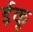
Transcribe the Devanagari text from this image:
ईकू